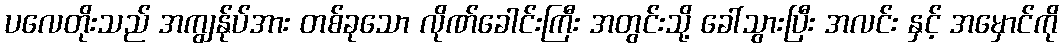
ပလေတိုးသည် အကျွန်ုပ်အား တစ်ခုသော လိုဏ်ခေါင်းကြီး အတွင်းသို့ ခေါ်သွားပြီး အလင်း နှင့် အမှောင်ကို